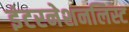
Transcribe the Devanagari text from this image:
इंटरनेशनलिस्ट